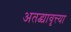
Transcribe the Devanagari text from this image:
अतद्व्यावृत्त्या